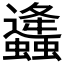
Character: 𧔧